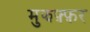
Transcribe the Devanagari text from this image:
मुझफ़्फ़र